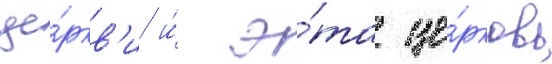
це́ркв'и и́ э́та це́рковь